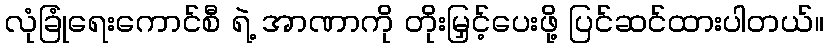
လုံခြုံရေးကောင်စီ ရဲ့ အာဏာကို တိုးမြှင့်ပေးဖို့ ပြင်ဆင်ထားပါတယ်။